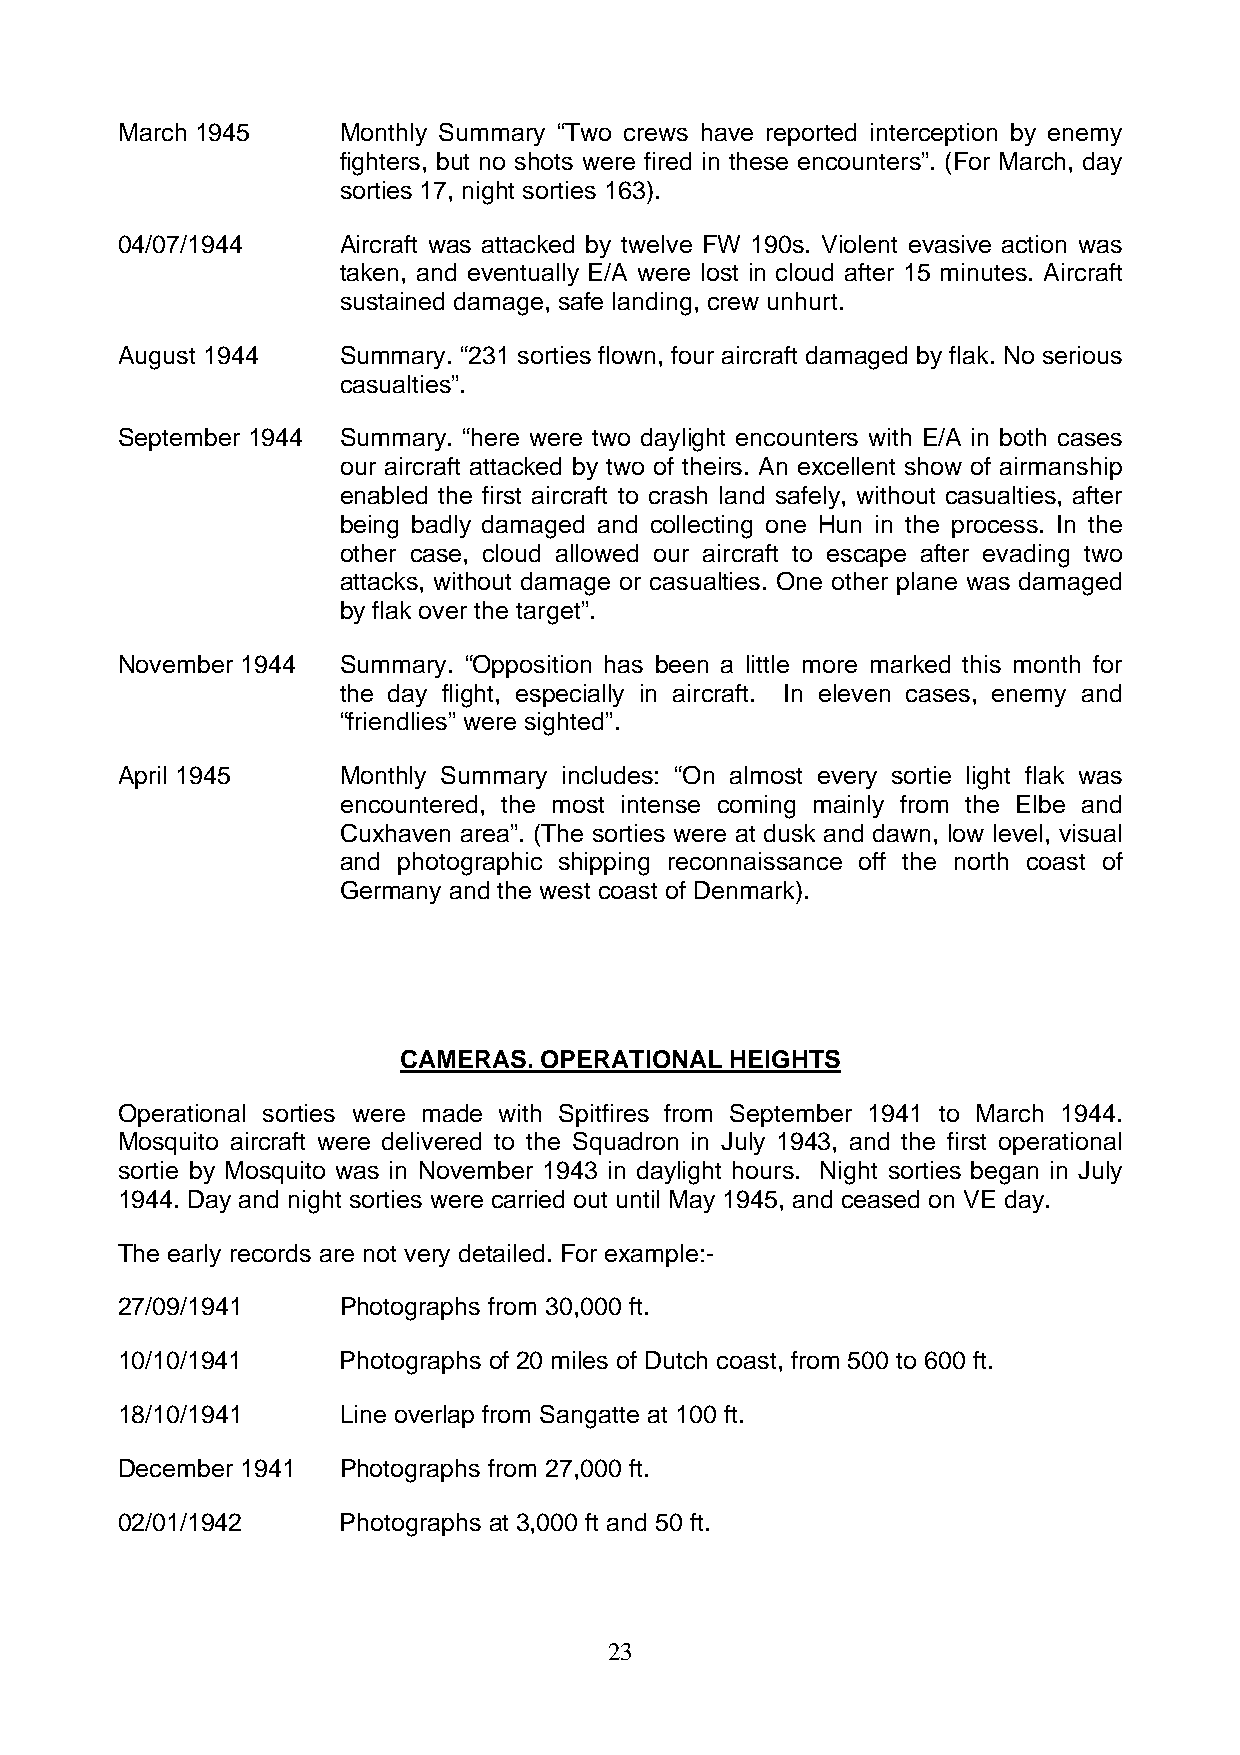
March 1945    Monthly Summary “Two crews have reported interception by enemy
 fighters, but no shots were fired in these encounters”. (For March, day
 sorties 17, night sorties 163).
 04/07/1944    Aircraft was attacked by twelve FW 190s. Violent evasive action was
 taken, and eventually E/A were lost in cloud after 15 minutes. Aircraft
 sustained damage, safe landing, crew unhurt.
 August 1944    Summary. “231 sorties flown, four aircraft damaged by flak. No serious
 casualties”.
 September 1944 Summary. “here were two daylight encounters with E/A in both cases
 our aircraft attacked by two of theirs. An excellent show of airmanship
 enabled the first aircraft to crash land safely, without casualties, after
 being badly damaged and collecting one Hun in the process. In the
 other case, cloud allowed our aircraft to escape after evading two
 attacks, without damage or casualties. One other plane was damaged
 by flak over the target”.
 November 1944  Summary. “Opposition has been a little more marked this month for
 the day flight, especially in aircraft. In eleven cases, enemy and
 “friendlies” were sighted”.
 April 1945    Monthly Summary includes: “On almost every sortie light flak was
 encountered, the most intense coming mainly from the Elbe and
 Cuxhaven area”. (The sorties were at dusk and dawn, low level, visual
 and photographic shipping reconnaissance off the north coast of
 Germany and the west coast of Denmark).
 CAMERAS.  OPERATIONAL HEIGHTS
 Operational sorties were made with Spitfires from September 1941 to March 1944.
 Mosquito aircraft were delivered to the Squadron in July 1943, and the first operational
 sortie by Mosquito was in November 1943 in daylight hours. Night sorties began in July
 1944. Day and night sorties were carried out until May 1945, and ceased on VE day.
 The early records are not very detailed. For example:-
 27/09/1941    Photographs from 30,000 ft.
 10/10/1941    Photographs of 20 miles of Dutch coast, from 500 to 600 ft.
 18/10/1941    Line overlap from Sangatte at 100 ft.
 December 1941 Photographs from 27,000 ft.
 02/01/1942    Photographs at 3,000 ft and 50 ft.
 23